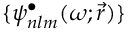
\{ \psi _ { n l m } ^ { \bullet } ( \omega ; \vec { r } ) \}